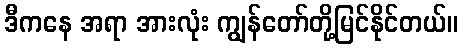
ဒီကနေ အရာ အားလုံး ကျွန်တော်တို့မြင်နိုင်တယ်။